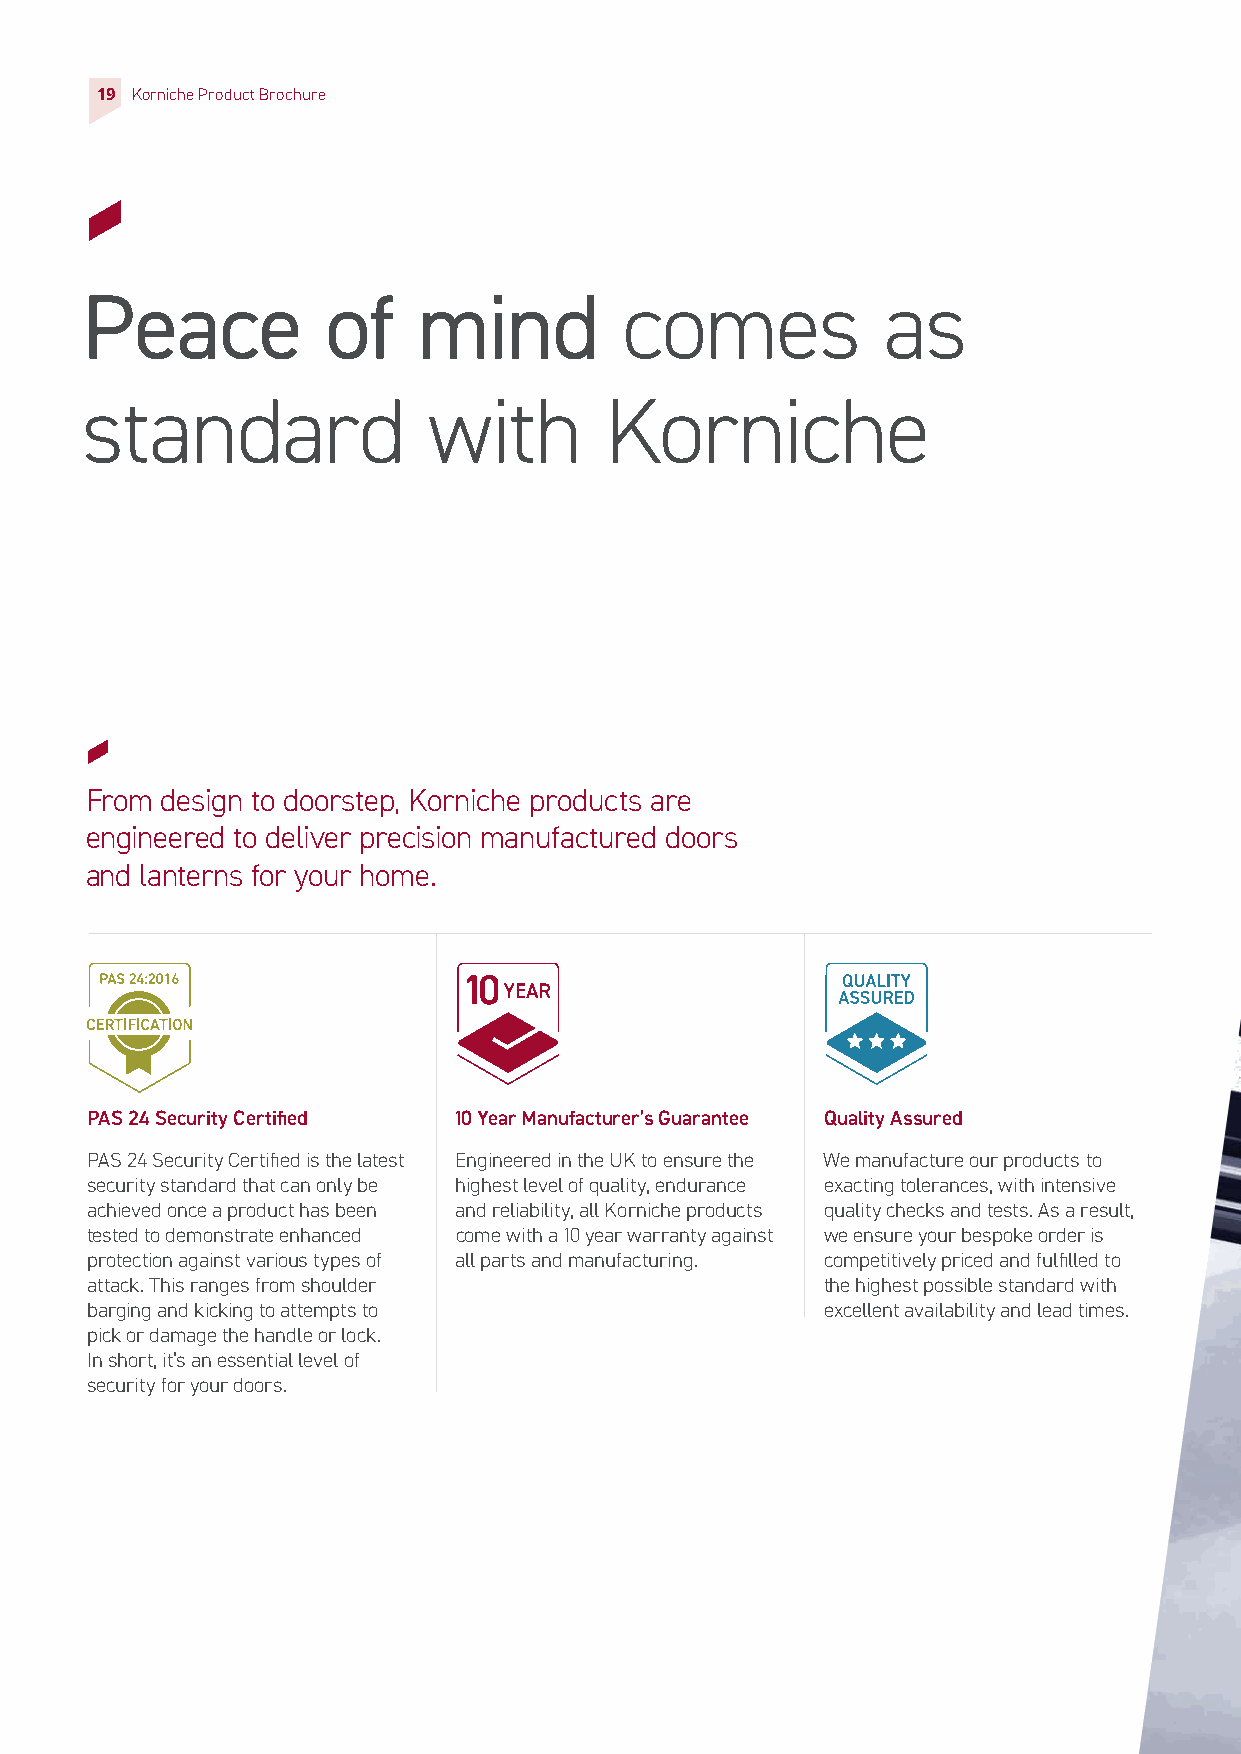
19 Korniche Product Brochure
 Peace            of    mind         comes            as
 standard               with        Korniche
 From design to doorstep, Korniche products are
 engineered to deliver precision manufactured doors
 and lanterns for your home.
 PAS 24 Security Certified 10 Year Manufacturer’s Guarantee Quality Assured
 PAS 24 Security Certified is the latest Engineered in the UK to ensure the We manufacture our products to
 security standard that can only be highest level of quality, endurance exacting tolerances, with intensive
 achieved once a product has been and reliability, all Korniche products quality checks and tests. As a result,
 tested to demonstrate enhanced come with a 10 year warranty against we ensure your bespoke order is
 protection against various types of all parts and manufacturing. competitively priced and fulfilled to
 attack. This ranges from shoulder               the highest possible standard with
 barging and kicking to attempts to               excellent availability and lead times.
 pick or damage the handle or lock.
 In short, it’s an essential level of
 security for your doors.